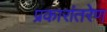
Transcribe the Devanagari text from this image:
प्रकारांतरेण